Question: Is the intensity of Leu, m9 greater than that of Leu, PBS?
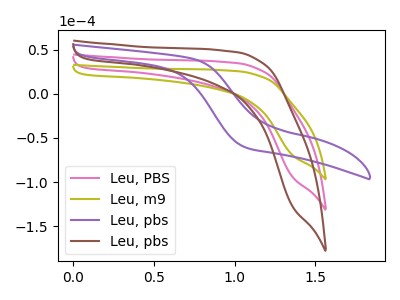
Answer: <think>The pink curve "Leu, PBS" has no peaks. The olive curve "Leu, m9" has no peaks. The purple curve "Leu, pbs" has no peaks. The brown curve "Leu, pbs" has no peaks.
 Neither "Leu, m9" or "Leu, PBS" have any peaks.</think>
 <answer>I cant tell if "Leu, m9" or "Leu, PBS" has more signal.</answer>
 <eval>mixed_signal</eval>